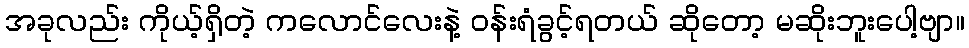
အခုလည်း ကိုယ့်ရှိတဲ့ ကလောင်လေးနဲ့ ဝန်းရံခွင့်ရတယ် ဆိုတော့ မဆိုးဘူးပေါ့ဗျာ။